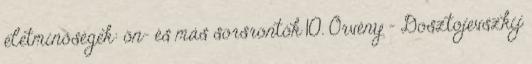
életminőségek: ön- és más sorsrontók 10. Örvény - Dosztojevszkij